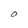
Character: O